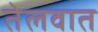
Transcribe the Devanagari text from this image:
तेलवात